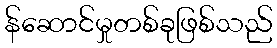
န်ဆောင်မှုတစ်ခုဖြစ်သည်